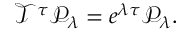
\begin{array} { r } { \mathcal { T } ^ { \tau } \mathcal { P } _ { \lambda } = e ^ { \lambda \tau } \mathcal { P } _ { \lambda } . } \end{array}